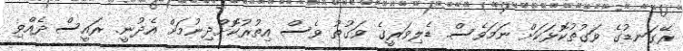
ރޭގަނޑުގެ ވަގުތުކޮޅަކަށް ނަމަވެސް. ޑެލިވަރީގެ ވަގުތު ވެސް އިތުރުކޮށްދިނުމަށް އެދުނީ. ރައީސް ދެއްވި